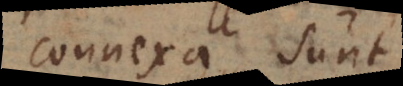
connexa sunt;